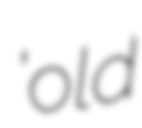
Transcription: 'old